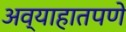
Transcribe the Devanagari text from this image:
अव्याहातपणे